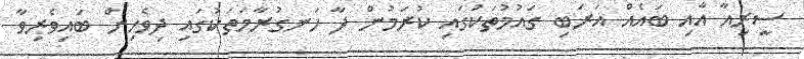
ސީރިއާ އާއި ބައެއް އަރަބި ގައުމުތަކުގައި ކުރަމުން ދާ ހަނގުރާމަތަކުގައި ދިވެހިން ބައިވެރިވާ